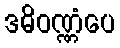
ဒဓိဝဏ္ဏံပေ